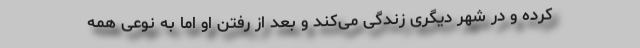
کرده و در شهر دیگری زندگی می‌کند و بعد از رفتن او اما به نوعی همه